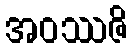
အဝဿဇိ